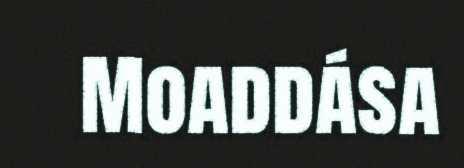
Moaddása